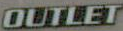
OUTLET